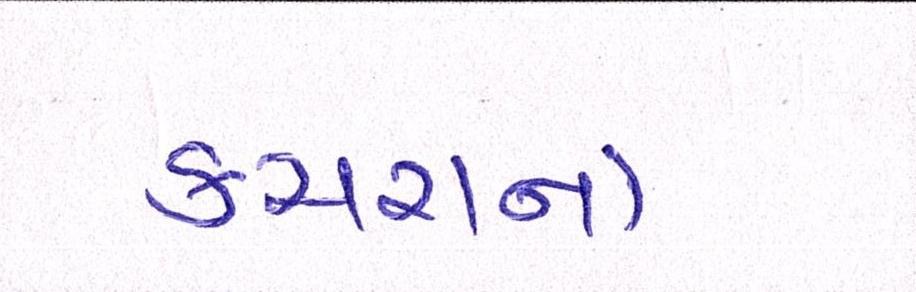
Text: કચરાનો